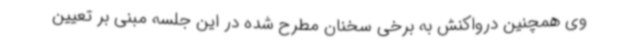
وی همچنین درواکنش به برخی سخنان مطرح شده در این جلسه مبنی بر تعیین